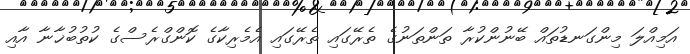
އަމިއްލަ މިންގަނޑުތައް ބޭނުންކުރާ ތަންތަނުގެ ތެރޭގައި ތެރޭގައި އެމެރިކާގެ ކޮންގްރެސްގެ ކުތުބުޚާނާ އާއި